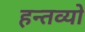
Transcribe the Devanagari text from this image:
हन्तव्यो